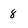
Character: 8